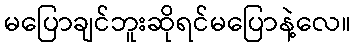
မပြောချင်ဘူးဆိုရင်မပြောနဲ့လေ။